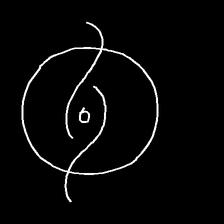
Glyph: repetition